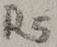
Text: R5